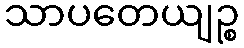
သာပတေယျဉ္စ